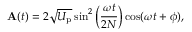
\mathbf { A } ( t ) = 2 \sqrt { U _ { \mathrm { p } } } \sin ^ { 2 } \left( \frac { \omega t } { 2 N } \right) \cos ( \omega t + \phi ) ,